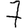
Digit: 7